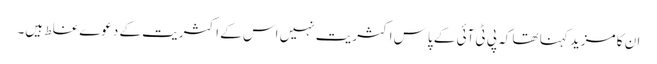
ان کا مزید کہنا تھا کہ پی ٹی آئی کے پاس اکثریت نہیں اس کے اکثریت کے دعوے غلط ہیں۔